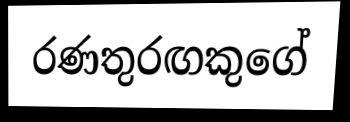
රණතුරඟකුගේ